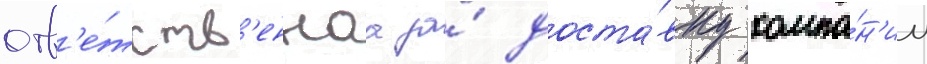
отв'е́тств'еннаа за́ доста́вку компа́н'ии